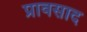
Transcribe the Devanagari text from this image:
प्रावसाद